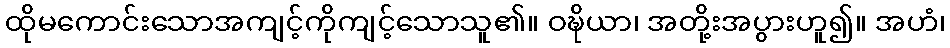
ထိုမကောင်းသောအကျင့်ကိုကျင့်သောသူ၏။ ဝဍ္ဎိယာ၊ အတို့းအပွားဟူ၍။ အဟံ၊